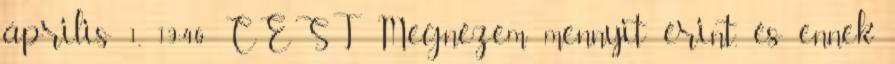
április 1., 19:46 CEST Megnézem mennyit érint, és ennek